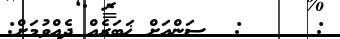
:     :  ސަންއަށް ޚަބަރެއް ދެއްވުމަށް: